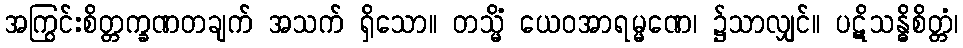
အကြွင်းစိတ္တက္ခဏတချက် အသက် ရှိသော။ တသ္မိံ ယေဝအာရမ္မဏေ၊ ၌သာလျှင်။ ပဋိသန္ဓိစိတ္တံ၊